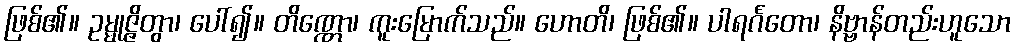
ဖြစ်၏။ ဥမ္မုဇ္ဇိတွာ၊ ပေါ်၍။ တိဏ္ဏော၊ ကူးမြောက်သည်။ ဟောတိ၊ ဖြစ်၏။ ပါရင်္ဂတော၊ နိဗ္ဗာန်တည်းဟူသော